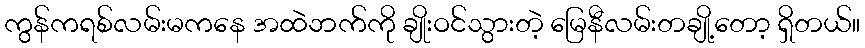
ကွန်ကရစ်လမ်းမကနေ အထဲဘက်ကို ချိုးဝင်သွားတဲ့ မြေနီလမ်းတချို့တော့ ရှိတယ်။